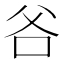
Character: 𭶻